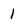
Character: 1